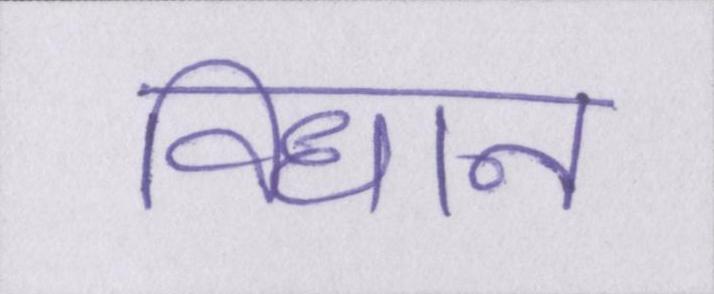
विधान